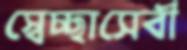
স্বেচ্ছাসেবী